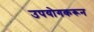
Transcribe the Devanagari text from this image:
उपयोगकरून